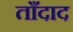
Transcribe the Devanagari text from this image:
ताँदाद